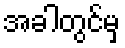
အခါတွင်မှ